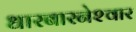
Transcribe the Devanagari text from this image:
धारबारनेश्‍वार